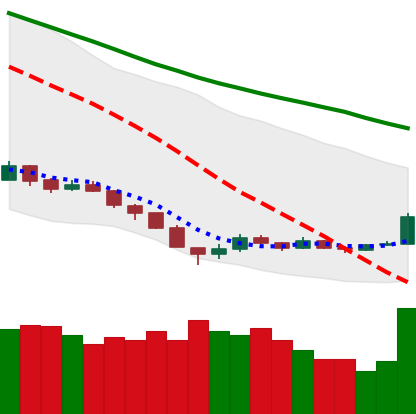
Ticker: EOS-USD
Chart end date: 2018-12-17
Forward return: 9.208%
Label: up_7plus